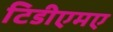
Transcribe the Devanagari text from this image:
टिडीएमए